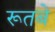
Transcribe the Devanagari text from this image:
रूतबे